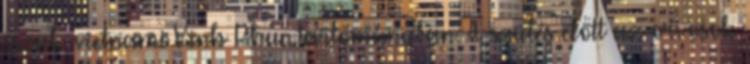
észak-vietnami Vinh Phuc tartományban. A szülés előtt az orvosok